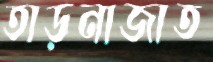
তাড়নাজাত